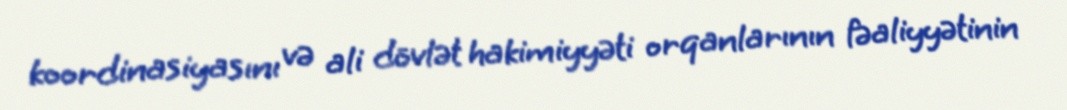
koordinasiyasını və ali dövlət hakimiyyəti orqanlarının fəaliyyətinin